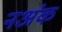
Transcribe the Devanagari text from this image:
नअंक